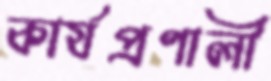
কার্যপ্রণালী